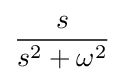
{s \over s^{2}+\omega ^{2}}